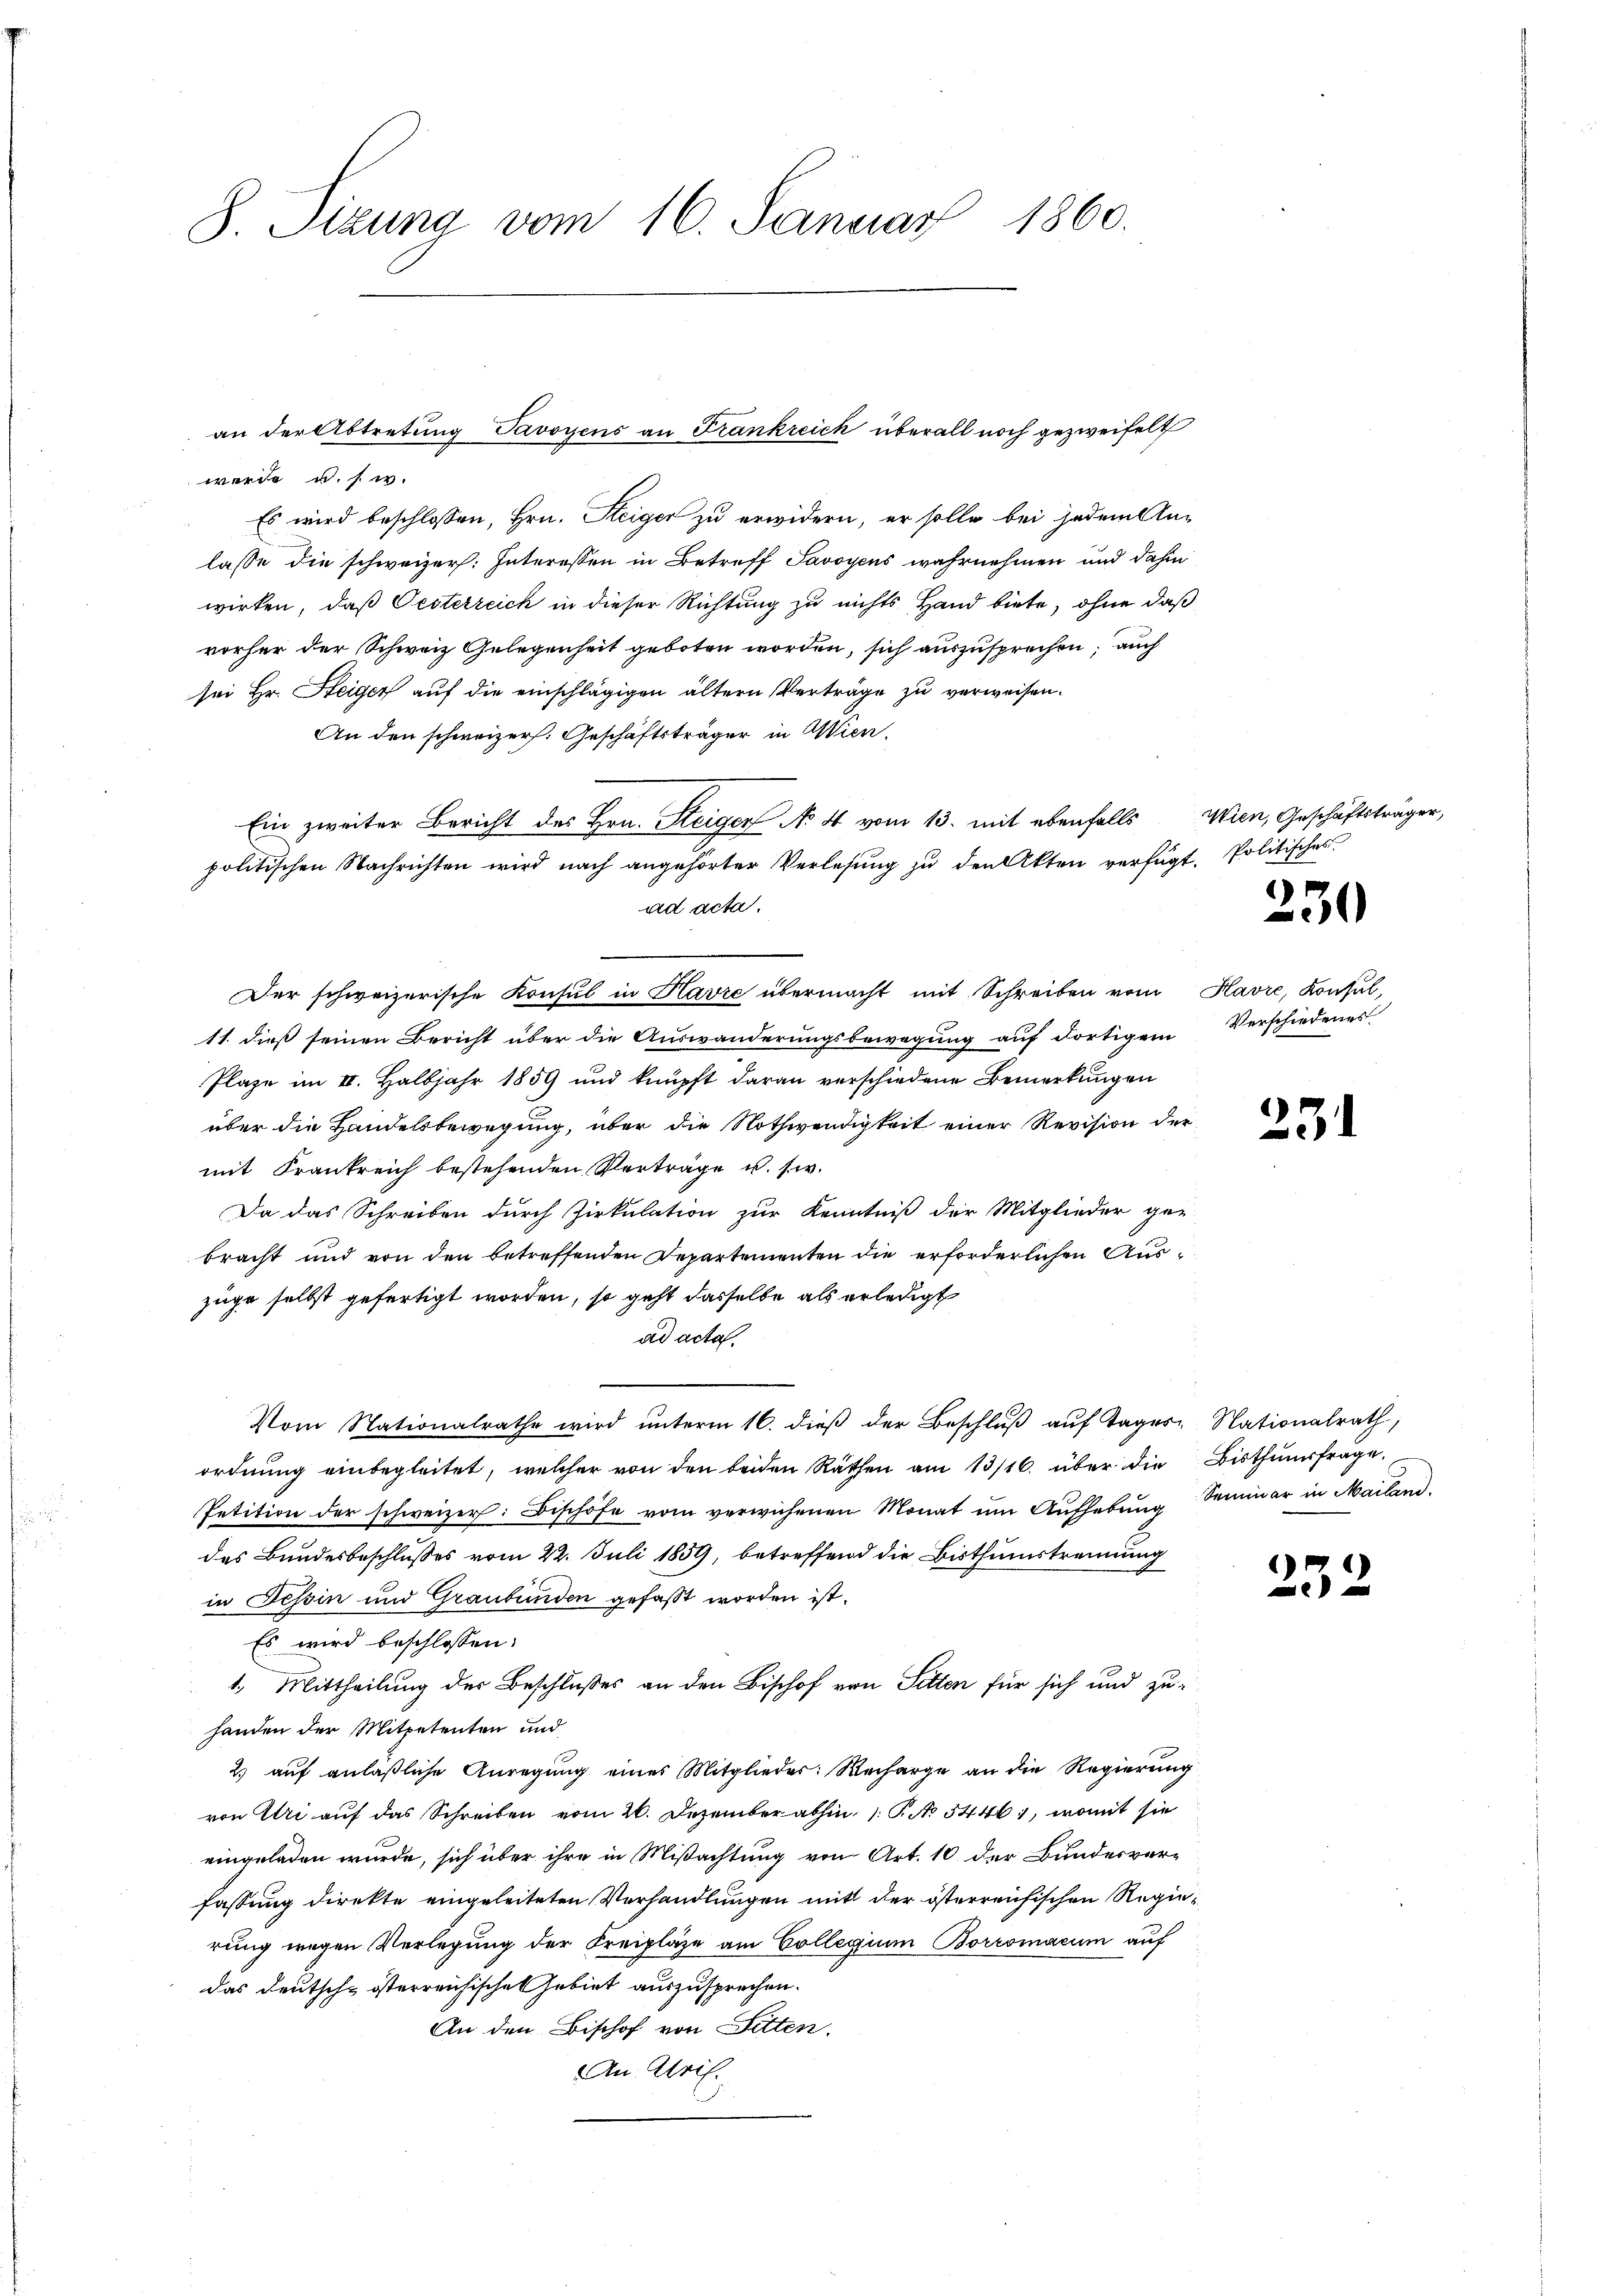
S. Tizung vom 16. Januar 1860.

werde u. s. w.
Es wird beschlossen, Hrn. Steiger zu erwidern, er solle bei jedem An-
lasse die schweizer: Interessen in Betreff Savoyens wahrnehmen und dahin
wirken, daß Oesterreich in dieser Richtung zu nichts Hand biete, ohne daß
vorher der Schweiz Gelegenheit geboten worden, sich auszusprechen; auch
sei Hr. Steiger auf die einschlägigen ältern Verträge zu verweisen.
An den schweizer. Geschäftsträger in Wien.
Ein zweiter Bericht des Hrn. Steiger No 4 vom 13. mit ebenfalls
politischen Nachrichten wird nach angehörter Verlesung zu den Akten verfügt. Politisches
ad acta.
Der schweizerische Konsul in Havre übermacht mit Schreiben vom Havre, Konsul,
11. dieß seinen Bericht über die Auswanderungsbewegung auf dortigem Verschiedenes
Plaze im II. Halbjahr 1859 und knüpft daran verschiedene Bemerkungen
über die Handelsbewegung, über die Nothwendigkeit einer Revision der
mit Frankreich bestehenden Verträge u. s. w.
Da das Schreiben durch Zirkulation zur Kenntniß der Mitglieder ger
bracht und von den betreffenden Departementen die erforderlichen Auszüge selbst gefertigt worden, so geht dasselbe als erledigt
ad acta.
Vom Nationalrathe wird unterm 16. dieß der Beschluß auf Tager Nationalrath,
ordnung einbegleitet, welcher von den beiden Räthen am 13/16. über die Bisthumsfrage.
Petition der schweizer: Bischöfe vom verwichenen Monat um Aufhebung Seminar in Mailand.
des Bundesbeschlusses vom 22. Juli 1859, betreffend die Bisthumstrennung
in Tessin und Graubünden gefaßt worden ist.
Es wird beschlossen:
1. Mittheilung der Beschlußes an den Bischof von Sitten für sich und zuhanden der Mitpetenten und
2) auf anläßliche Anregung eines Mitglieder: Recharge an die Regierung
von Uri auf das Schreiben vom 26. Dezember abhin 1. P. No 54461, womit sie
eingeladen wurde, sich über ihre in Mißachtung von Art. 10 der Bundesver-
fassung direkte eingeleiteten Verhandlungen mit der österreichischen Regierung wegen Verlegung der Freipläge am Collegium Borromacum auf
das Deutsch-österreichisches Gebiet auszusprechen.
An den Bischof von Sitten.
An April.

an der Abtretung Savoyens an Frankreich überall noch gezweifelt

Wien, Geschäftsträger,

230

231

232